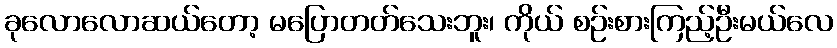
ခုလောလောဆယ်တော့ မပြောတတ်သေးဘူး၊ ကိုယ် စဉ်းစားကြည့်ဦးမယ်လေ